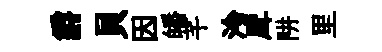
爵貝因皤芊泠戽阱里